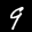
Label: 9